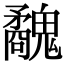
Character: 𩴢